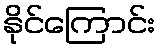
နိုင်ကြောင်း